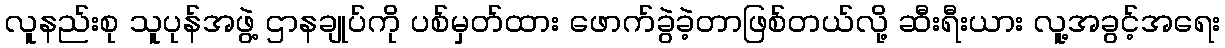
လူနည်းစု သူပုန်အဖွဲ့ ဌာနချုပ်ကို ပစ်မှတ်ထား ဖောက်ခွဲခဲ့တာဖြစ်တယ်လို့ ဆီးရီးယား လူ့အခွင့်အရေး